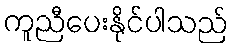
ကူညီပေးနိုင်ပါသည်